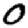
Digit: 0